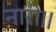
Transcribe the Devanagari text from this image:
नारी।।